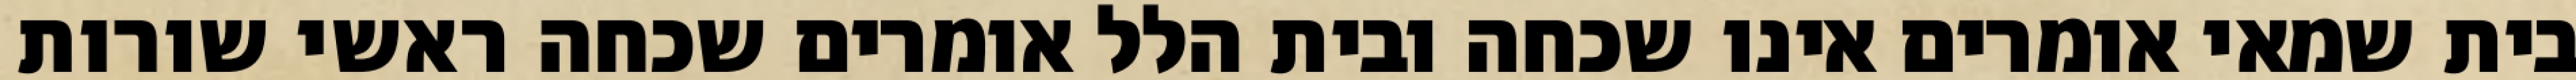
בית שמאי אומרים אינו שכחה ובית הלל אומרים שכחה ראשי שורות